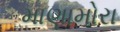
માણામોરા